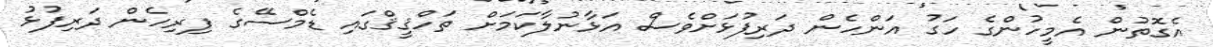
އެގޮތުން އެމީހުންގެ ހަގު އަންހެން ދަރިފުޅަށްވެސް އަޅާނުލާކަމަށް ތަހްޤީޤްގައި ޑެމްސޭގެ ފިރިހެން ދަރިފުޅު